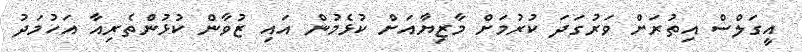
އީގަލްސް އިތުރަށް ވަރުގަދަ ކުރުމަށް މާޒިޔާއަށް ކުޅެމުން އައި ޒުވާން ކުޅުންތެރިއާ އަހުމަދު